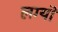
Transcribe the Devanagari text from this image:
लग्‍यो